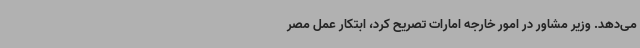
می‌دهد. وزیر مشاور در امور خارجه امارات تصریح کرد، ابتکار عمل مصر